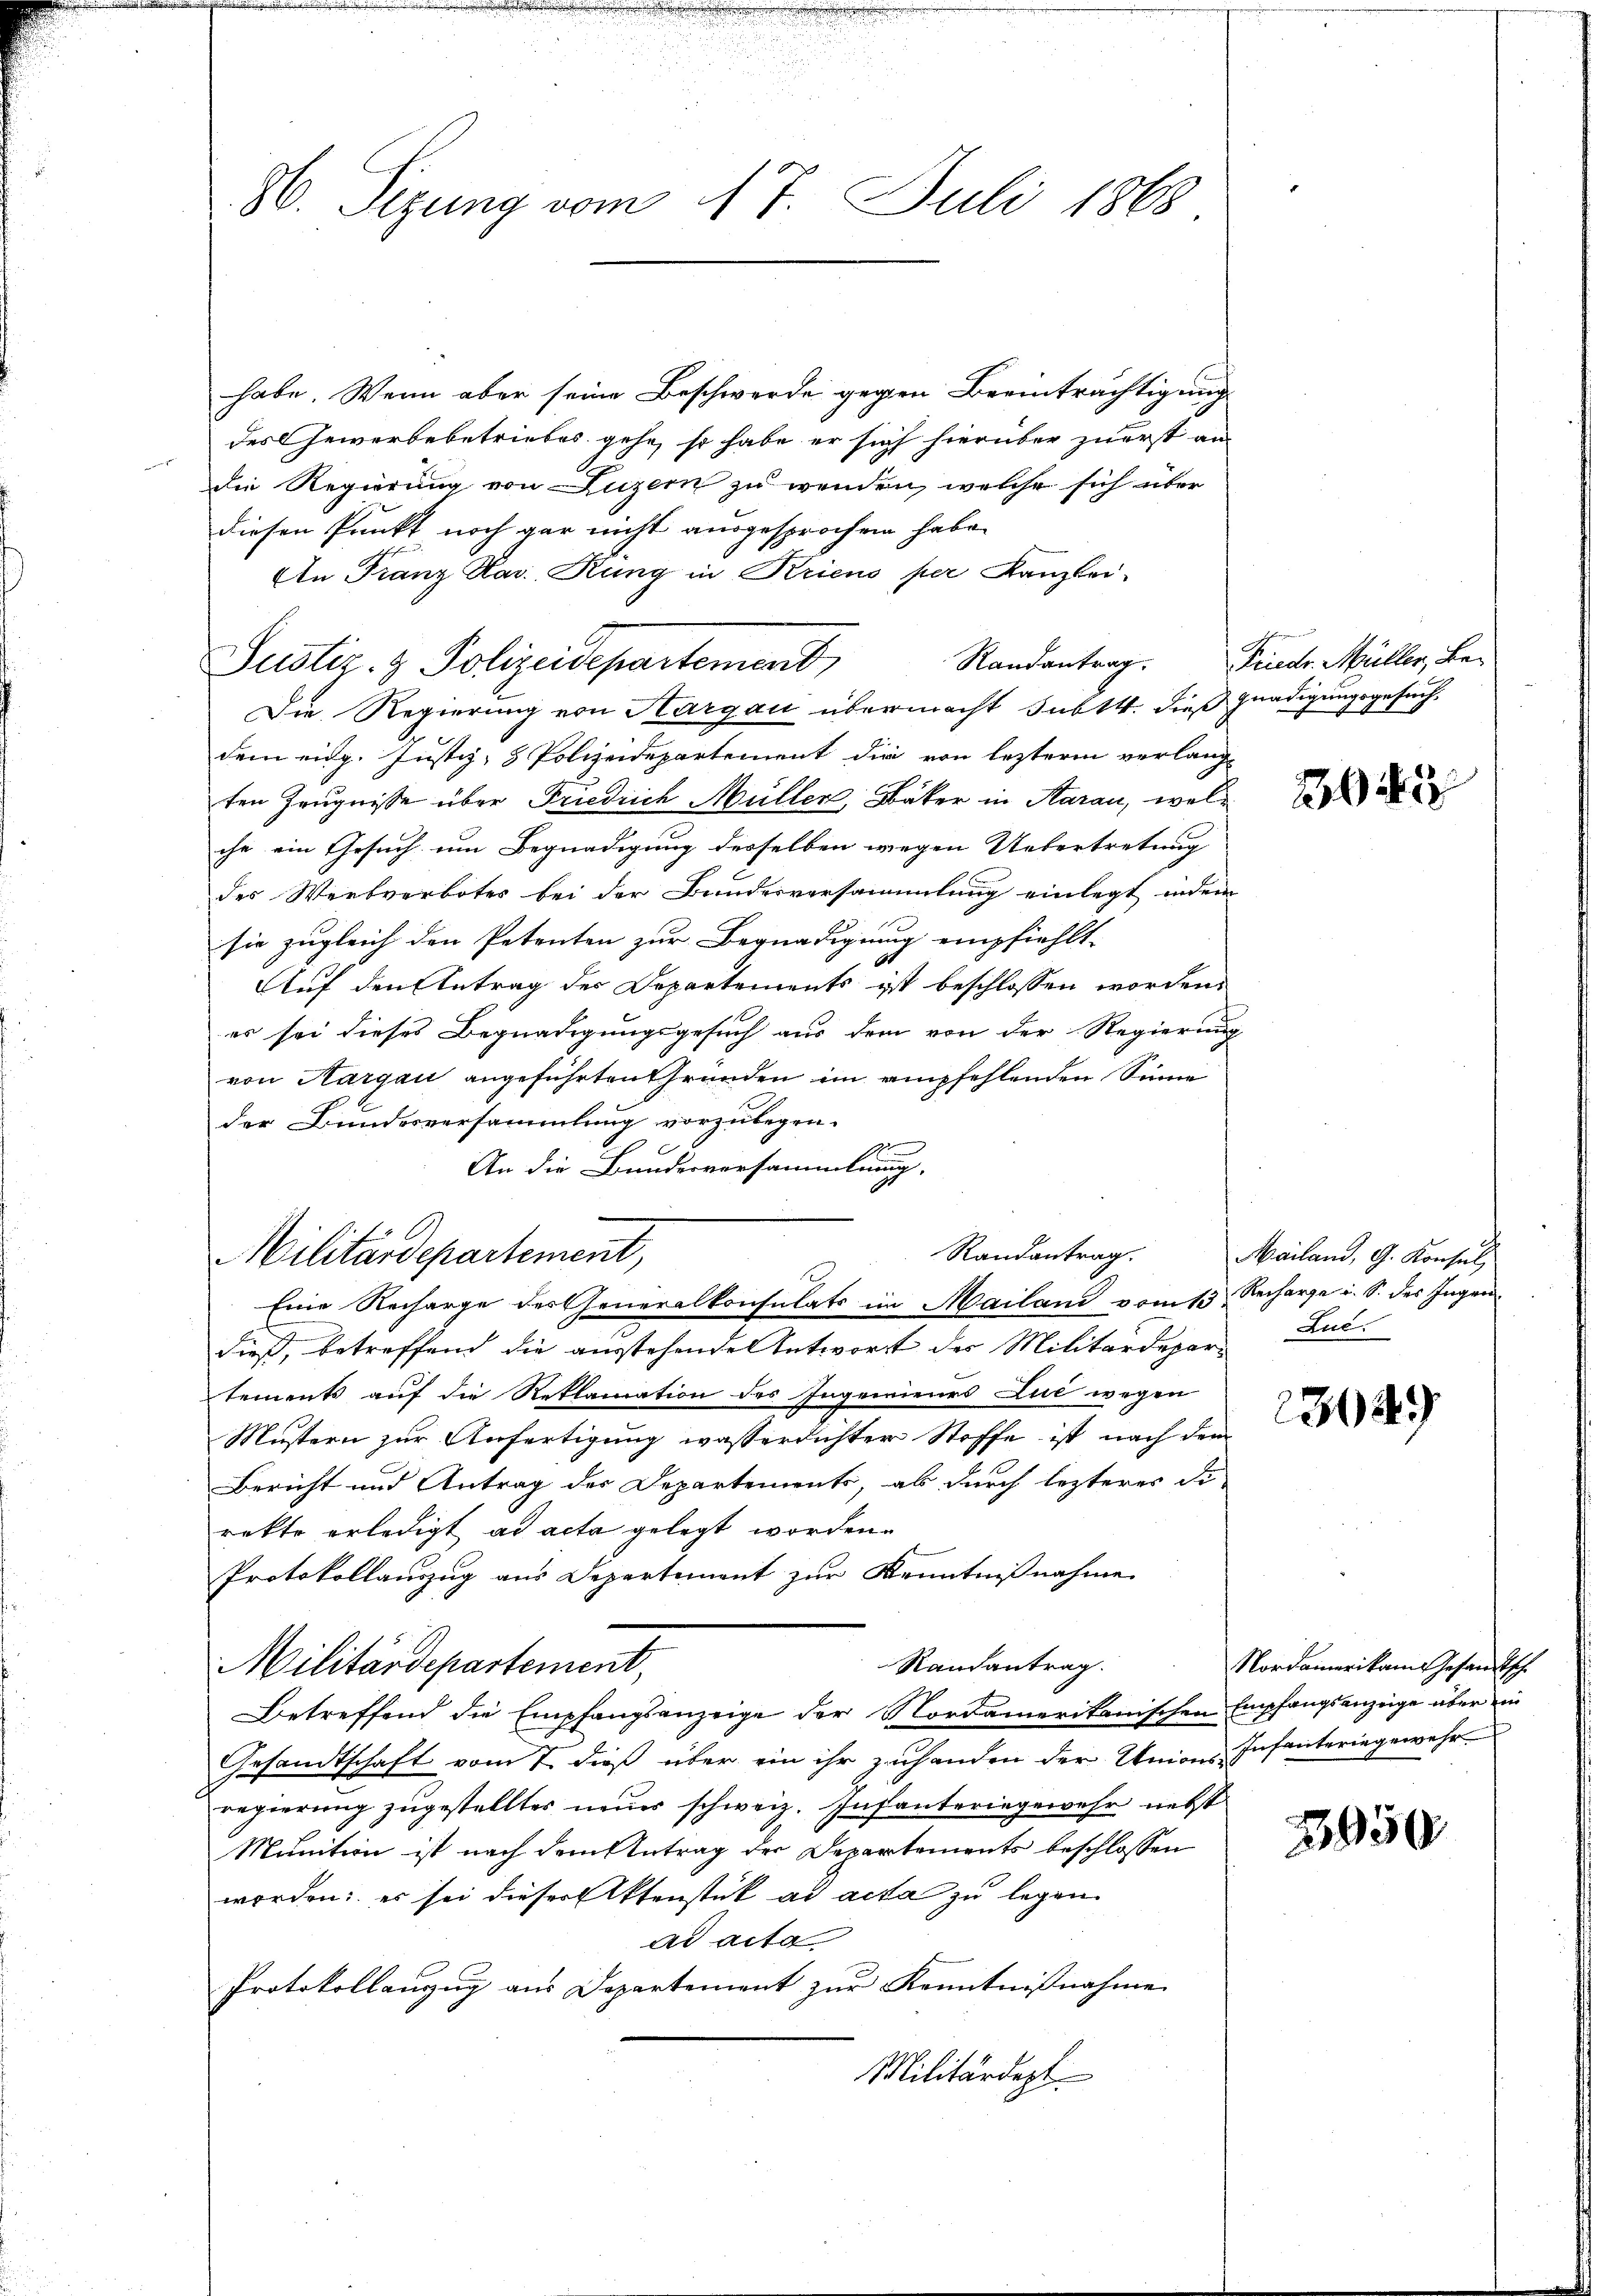
H. Sizung vom 17. Juli 1868

habe. Wenn aber seine Beschwerde gegen Beeinträchtigung
des Gewerbebetriebes gehe, so habe er sich hierüber zuerst an
die Regierung von Luzern zu wenden, welche sich über
diesen Punkt noch gar nicht ausgesprochen habe.
An Franz Kar. Rung in Kriens per Kanzlei-
Randantrag.
Justiz- & Polizeidepartement
Die Regierung von Hargau übermacht sub 14. dieß gnadigungsgesuchdem eidg. Justiz- & Polizeidepartement die von lezteren verlang
ten Zeugnisse über Friedrich Müller, Bäker in Aarau, welche ein Gesuch um Begnadigung desselben wegen Uebertretung
des Wertverbotes bei der Bundesversammlung einlegt inden
sie zugleich den Petenten zur Begnadigung empfiehlt.
1
Auf den Antrag der Departements ist beschlossen worden,
er sei dieses Begnadigungsgesuch aus dem von der Regierung
von Aargau angeführten Gründen im empfehlenden Sinne
der Bundesversammlung vorzulegen-
s
An die Bundesversammlung.
Randantrag.
Militärdepartement,
Eine Recharge des Generalkonsulats im Mailand vom 13. Recharge i. S. des Ingendieß, betreffend die ausstehende Antwort der Militärdepartements auf die Reklamation des Ingenieurs Lul wegen
Mustern zur Anfertigung wasserdichter Stoffe ist nach dem
Bericht und Antrag der Departements, als durch lezterer Di-
rekte erledigt ad acta gelegt worden.
Protokollauszug aus Departement zur Kenntnißnahme
Randantrag.
Militärdepartement,
Betreffend die Empfangsanzeige der Nordamerikanischen Empfangsanzeige über ein
Gesandtschaft vom 7. dieß über ein ihr zuhanden der Unions-Insanteringewahr
regierung zugestellter neuer schweiz. Infanteringewehr nebst
Munition ist nach dem Antrag der Departements beschlossen
worden; es sei dieser Aktenstück ad acta zu legen
ad acta.
Protokollanzug aus Departement zur Kenntnißnahme
Militärdept

Friedr. Müller, Be¬

Mailand, G. Konsul,
Lue.

304

Nordamerikam Gesandtsch

2950